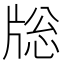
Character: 𤗉